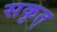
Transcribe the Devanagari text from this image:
सकृत्